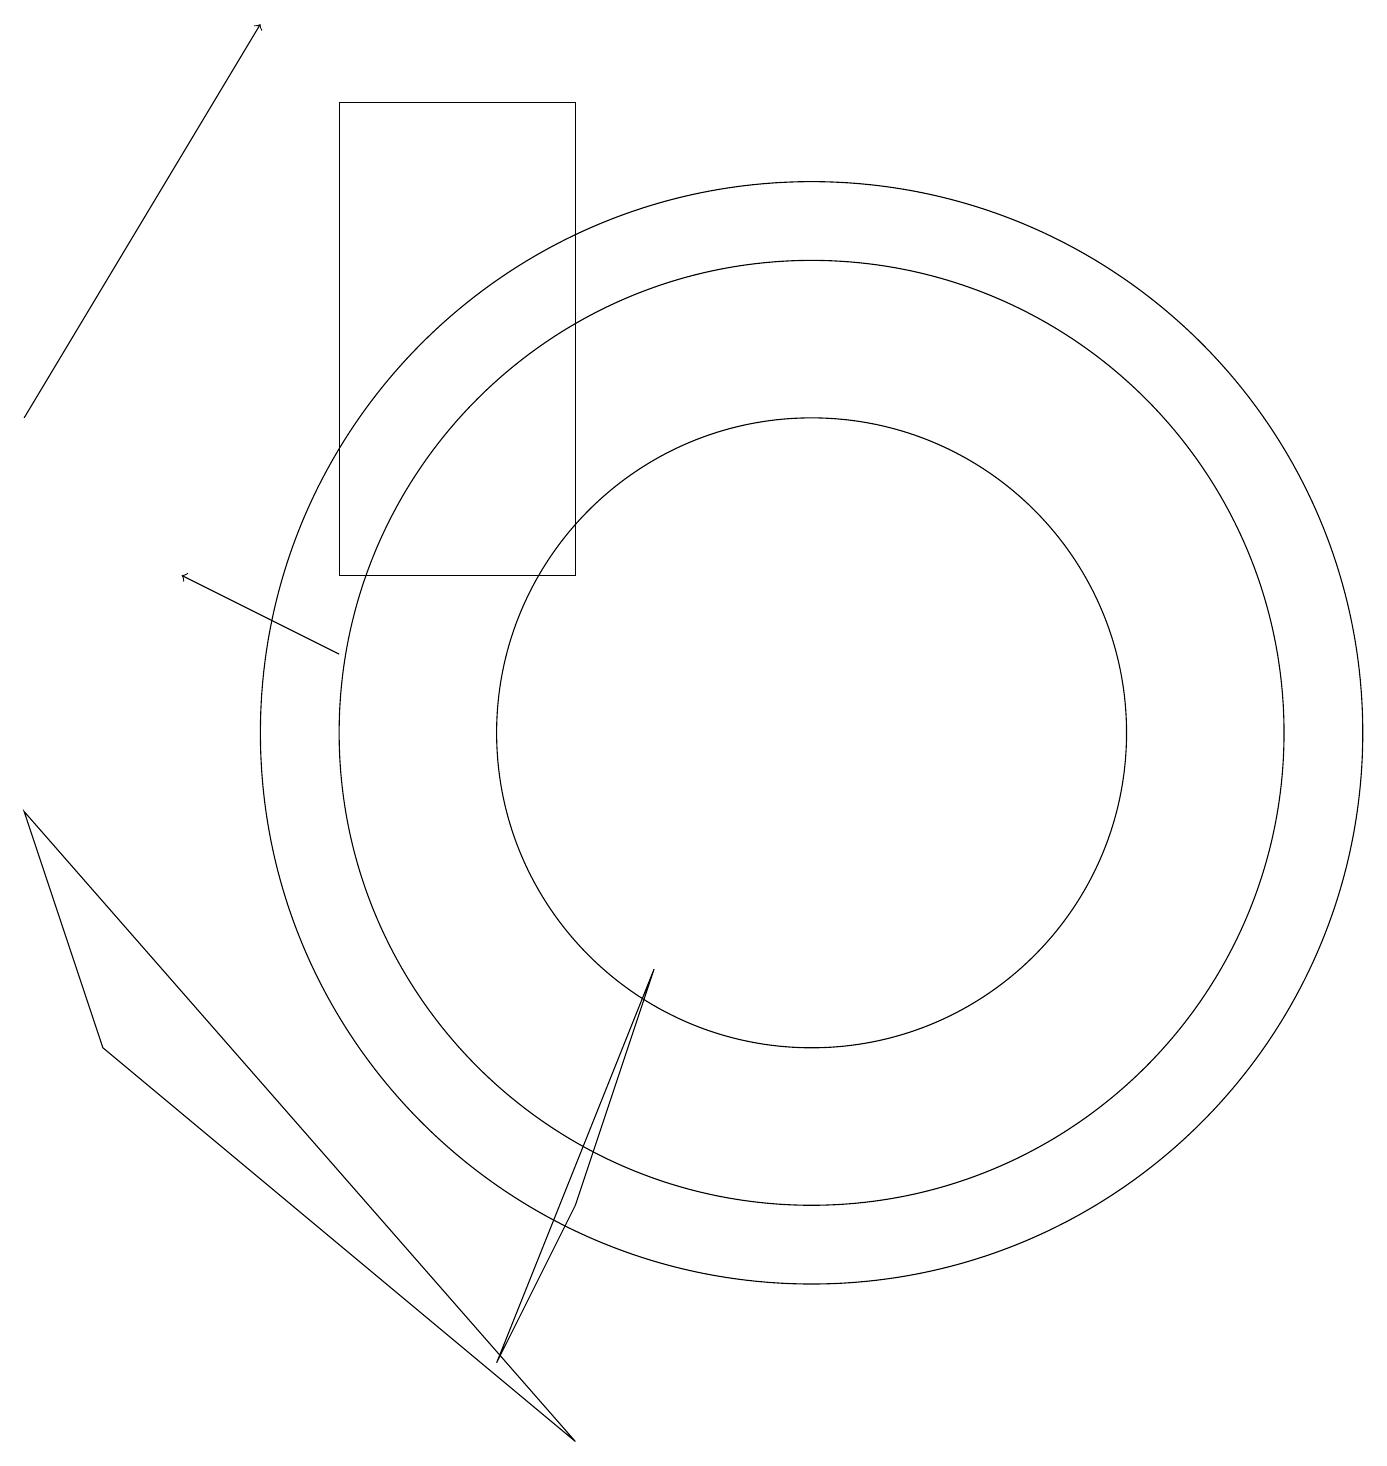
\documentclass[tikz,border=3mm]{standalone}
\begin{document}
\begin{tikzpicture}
\draw[->] (0,14) -- (3,19);
\draw (7,12) rectangle (4,18);
\draw[->] (4,11) -- (2,12);
\draw (10,10) circle (6);
\draw (10,10) circle (4);
\draw (10,10) circle (7);
\draw (8,7) -- (6,2) -- (7,4) -- cycle;
\draw (0,9) -- (7,1) -- (1,6) -- cycle;
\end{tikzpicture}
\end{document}